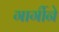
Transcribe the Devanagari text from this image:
गार्गीने